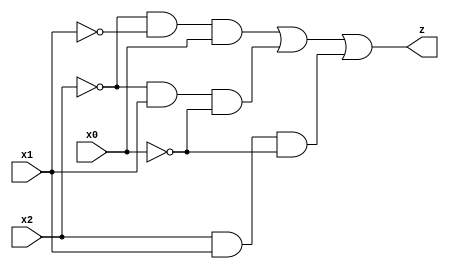
`timescale 1ns / 1ps
// Name: Joshua Liu
// ID: 105136031
// Project: Project #1 Orientation of Verilog and ISE
// Class: EE M16 Logic Design of Digital Systems
// Discussion: 2B

module eem16_proj1(input x0, input x1, input x2, output z
    );
	 // We create wires to link to gates in order to create a 2-level network
	 // Wires notx0, notx1, and notx2 connect to an AND gate
	 // Wires m1, m2, m6 connect to the OR gate as represented in the textbook
	 wire notx0, notx1, notx2, m1, m2, m6;
	 
// NOT gates
assign notx0 = !x0;
assign notx1 = !x1;
assign notx2 = !x2;

// AND gates
assign m1 = notx2 && notx1 && x0;
assign m2 = notx2 && x1 && notx0;
assign m6 = x2 && x1 && notx0;

// OR gates, output
assign z = m1 || m2 || m6;

endmodule